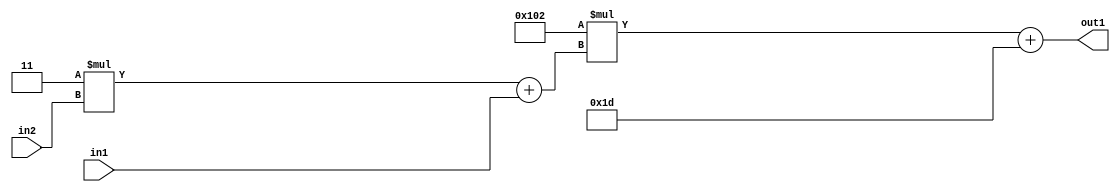
`timescale 1ps / 1ps
/*****************************************************************************
    Verilog RTL Description
    
    
    Created by: Stratus DpOpt 2019.1.01 
*******************************************************************************/

module DC_Filter_Add2i29Mul2i258Add2u1Mul2i3u2_4 (
	in2,
	in1,
	out1
	); /* architecture "behavioural" */ 
input [1:0] in2;
input  in1;
output [11:0] out1;
wire [11:0] asc001;
wire [3:0] asc002;

wire [3:0] asc002_tmp_0;
assign asc002_tmp_0 = 
	+(4'B0011 * in2);
assign asc002 = asc002_tmp_0
	+(in1);

wire [11:0] asc001_tmp_1;
assign asc001_tmp_1 = 
	+(12'B000100000010 * asc002);
assign asc001 = asc001_tmp_1
	+(12'B000000011101);

assign out1 = asc001;
endmodule

/* CADENCE  v7byTwo= : u9/ySgnWtBlWxVPRXgAZ4Og= ** DO NOT EDIT THIS LINE ******/